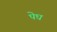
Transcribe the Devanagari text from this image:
पेघ